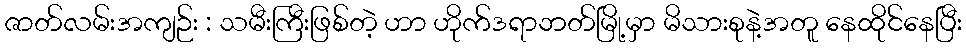
ဇာတ်လမ်းအကျဉ်း : သမီးကြီးဖြစ်တဲ့ ဟာ ဟိုက်ဒရာဘတ်မြို့မှာ မိသားစုနဲ့အတူ နေထိုင်နေပြီး